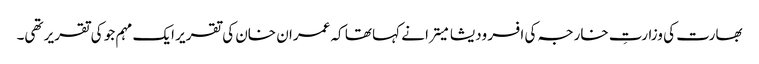
بھارت کی وزارتِ خارجہ کی افسر ودیشا میترا نے کہا تھا کہ عمران خان کی تقریر ایک مہم جو کی تقریر تھی۔